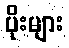
ပိုးများ